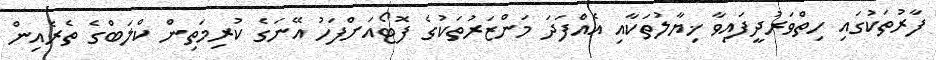
ފާރުތަކުގައި ހިތްވަރުދީފައިވާ ޚިޔާލުތަކާއި އެއްފަދަ މަންޒަރުތަކުގެ ފޮޓޯއަށްފަހު އޭނަގެ ކުރިމަތިން ކްލަބްގެ ތެރެއިން